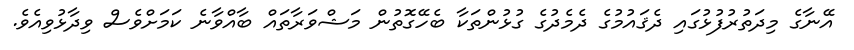
އޭނާގެ މިދަތުރުފުޅުގައި ދެޤައުމުގެ ދެމެދުގެ ގުޅުންތަކާ ބެހޭގޮތުން މަޝްވަރާތައް ބާއްވާނެ ކަމަށްވެސް ވިދާޅުވިއެވެ.